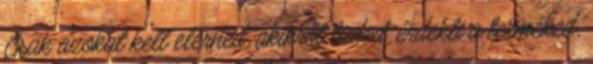
Csak azokat kell elérned, akikről tudod, érdekli a terméked,